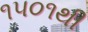
૧૫૦૧થી